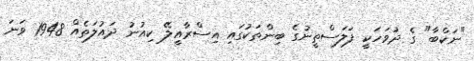
"ނަކްބާ" ގެ ދުވަހަކީ ފަލަސްތީނުގެ ބިންތަކުގައި އިސްރާއީލޭ ކިއުނު ދައުލަތެއް 1948 ވަނަ